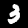
Digit: 3